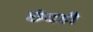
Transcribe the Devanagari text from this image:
छंदही